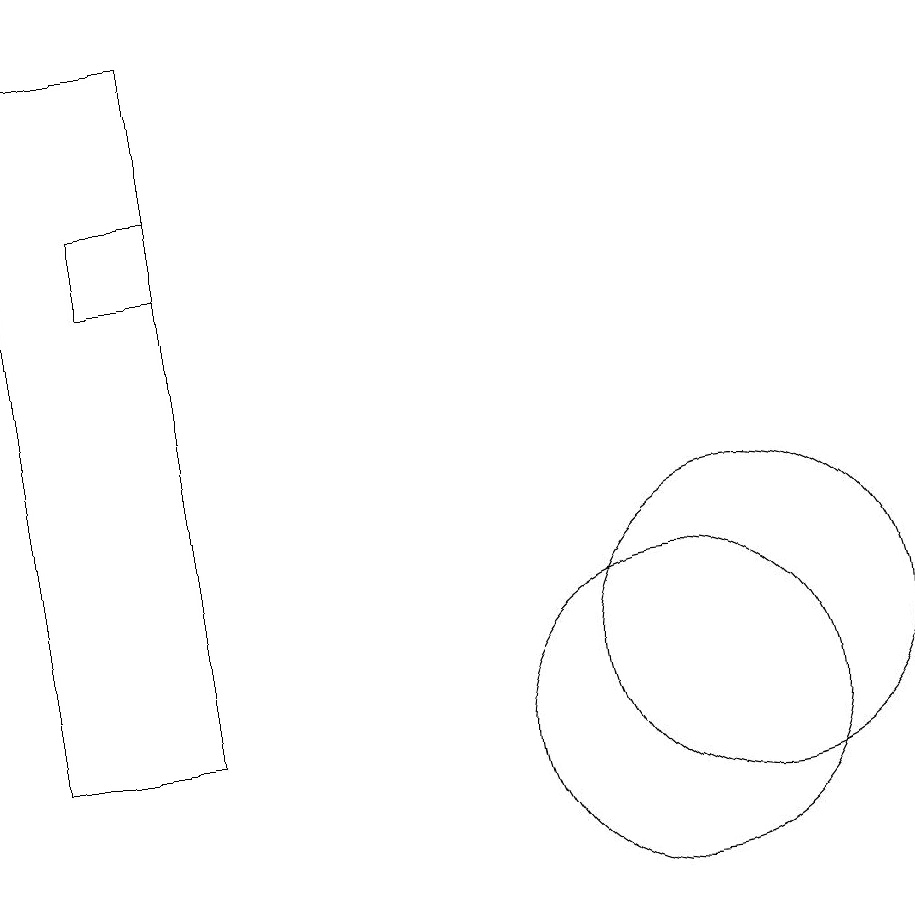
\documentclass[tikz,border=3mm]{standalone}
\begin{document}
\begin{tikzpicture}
\draw (4,16) rectangle (3,17);
\draw (10,10) circle (2);
\draw (11,11) circle (2);
\draw (2,10) rectangle (4,19);
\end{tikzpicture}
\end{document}